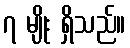
၇ မျိုး ရှိသည်။